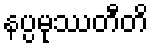
နပ္ပမုဿတီတိ